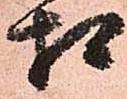
相